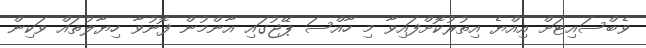
ވެބްސައިޓަށް އިއްޔެ އިތުރުކޮށްފައިވާ މި ހާއްސަ ޕޭޖުގައި އާންމުން ފޮނުވާ ހިޔާލުތައް ވަކިން